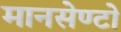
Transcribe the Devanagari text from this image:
मानसेण्टो